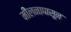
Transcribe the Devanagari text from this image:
मीलनापासून